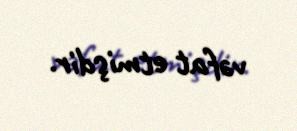
vəfat etmişdir.